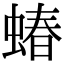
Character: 蝽